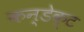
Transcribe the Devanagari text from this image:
कन्डेक्ट